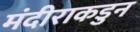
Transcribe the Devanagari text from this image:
मंदीराकडुन